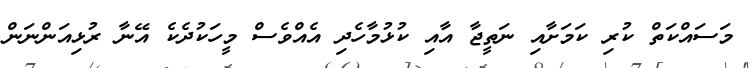
މަސައްކަތް ކުރި ކަމަށާއި ނަތީޖާ އާއި ކުޅުމާހެދި އެއްވެސް މީހަކުދެކެ އޭނާ ރުޅިއަންނަން